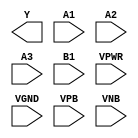
module sky130_fd_sc_ls__a31oi (
    Y   ,
    A1  ,
    A2  ,
    A3  ,
    B1  ,
    VPWR,
    VGND,
    VPB ,
    VNB
);

    output Y   ;
    input  A1  ;
    input  A2  ;
    input  A3  ;
    input  B1  ;
    input  VPWR;
    input  VGND;
    input  VPB ;
    input  VNB ;
endmodule